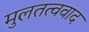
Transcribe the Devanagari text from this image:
मुलतत्ववाद